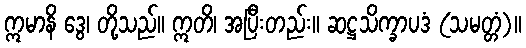
ဣမာနိ ဒွေ၊ တို့သည်။ ဣတိ၊ အပြီးတည်း။ ဆဋ္ဌသိက္ခာပဒံ (သမတ္တံ)။